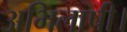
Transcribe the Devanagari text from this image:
अभिलाषी।